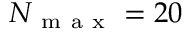
N _ { \mathrm { ~ m ~ a ~ x ~ } } = 2 0